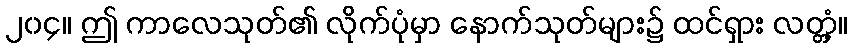
၂၀၄။ ဤ ကာလေသုတ်၏ လိုက်ပုံမှာ နောက်သုတ်များ၌ ထင်ရှား လတ္တံ့။